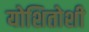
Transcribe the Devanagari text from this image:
योशितोशी